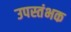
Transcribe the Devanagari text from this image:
उपस्तंभक